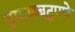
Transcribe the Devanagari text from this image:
प्रमाणबद्धपणे